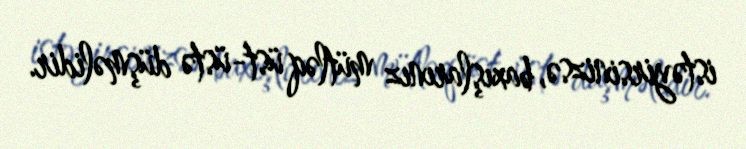
istəyirsinizsə, baxışlarınız mütləq üst-üstə düşməlidir.